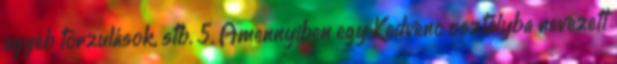
egyéb torzulások, stb. 5. Amennyiben egy Kedvenc osztályba nevezett